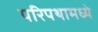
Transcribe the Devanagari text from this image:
परिपथामध्ये